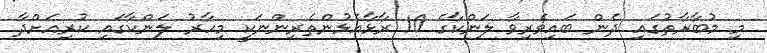
މި މުބާރާތުގައި ދެން ބައިވެރިވާ ލަންކާގެ 10 ރާޅާއެޅުންތެރިންނަކީ މިހާރު ލަންކާގައި ކުރިއަށްދާ